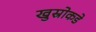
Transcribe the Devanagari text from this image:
खुस्रोकडे